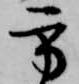
方